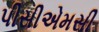
પીસીએમસી